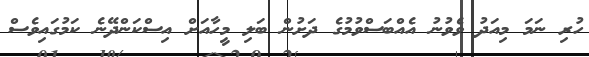
ހުރި ނަމަ މިއަދު ވެވުނު އެއްބަސްވުމުގެ ދަށުން ބަލި މީހާއަށް އިސްކަންދޭނެ ކަމުގައިވެސް